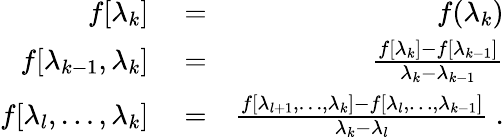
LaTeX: \begin{array}{rlr}{f[\lambda_{k}]}&{{}=}&{f(\lambda_{k})}\\ {f[\lambda_{k-1},\lambda_{k}]}&{{}=}&{\frac{f[\lambda_{k}]-f[\lambda_{k-1}]}{\lambda_{k}-\lambda_{k-1}}}\\ {f[\lambda_{l},\dots,\lambda_{k}]}&{{}=}&{\frac{f[\lambda_{l+1},\dots,\lambda_{k}]-f[\lambda_{l},\dots,\lambda_{k-1}]}{\lambda_{k}-\lambda_{l}}~.}\end{array}